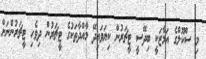
މި ސްކޫލްގެ އަމާޒަކީ ބިދޭސީ ޓީޗަރުން ކިޔަވައިދޭ މާއްދާތަކުގެ ޓީޗަރުން ދިވެހި ޓީޗަރުންނަށް